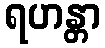
ရဟန္တာ